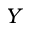
Y